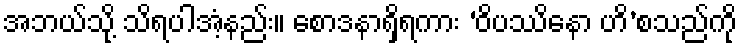
အဘယ်သို့ သိရပါအံ့နည်း။ စောဒနာရှိရကား ‘ဝိပဿိနော ဟိ’စသည်ကို